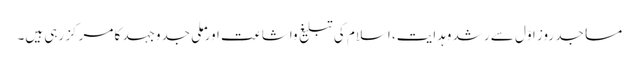
مساجد روزِ اوّل سے رشد وہدایت، اسلام کی تبلیغ واشاعت اور ملی جدوجہد کا مرکز رہی ہیں۔